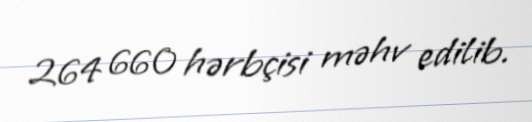
264 660 hərbçisi məhv edilib.